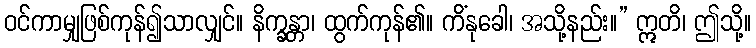
ဝင်ကာမျှဖြစ်ကုန်၍သာလျှင်။ နိက္ခန္တာ၊ ထွက်ကုန်၏။ ကိံနုခေါ၊ အသို့နည်း။” ဣတိ၊ ဤသို့။